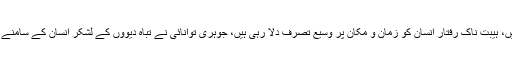
قدرت کے سربستہ رازوں کے ازلی قفل حکمت کی کنجی سے کھل رہے ہیں، ہیبت ناک رفتار انسان کو زمان و مکان پر وسیع تصرف دلا رہی ہیں، جوہری توانائی نے تباہ دیووں کے لشکر انسان کے سامنے مسخّر کر کے کھڑے کر دیے ہیں جو بس ایک اشارۂ ابرو کے منتظر ہیں۔